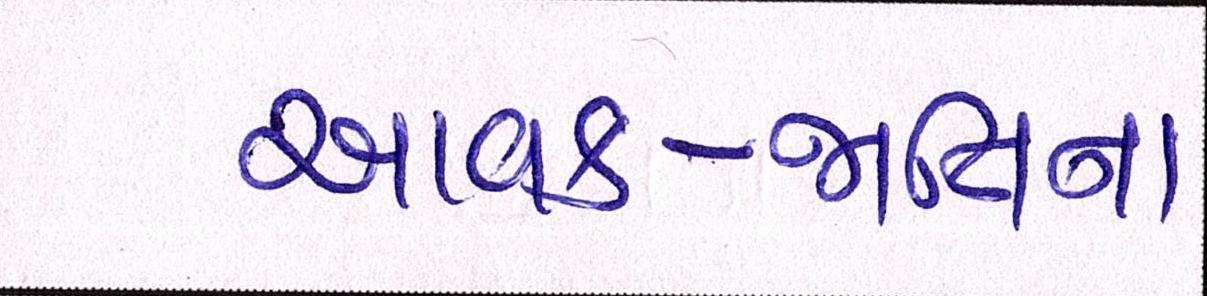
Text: આવક-જાતિના